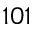
1 0 1